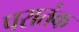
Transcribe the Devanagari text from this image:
परातंक